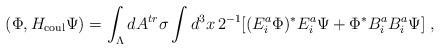
LaTeX: \begin{align*}(\Phi, H_{\rm coul} \Psi) = \int_{\Lambda} dA^{tr} \sigma \int d^3x \, 2^{-1}[(E_i^a\Phi)^{*} E_i^a\Psi + \Phi^{*} B_i^a B_i^a\Psi]\;\mbox{,}\end{align*}